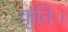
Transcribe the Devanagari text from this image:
कृतिः।